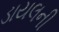
ડાયલની